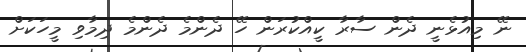
ނޭ މިއުޅެނީ ދެން ސާރާ ކީއްކުރަން ހޭ ދެންމެ ދެންމެ ދިމާވި މީހަކަށް